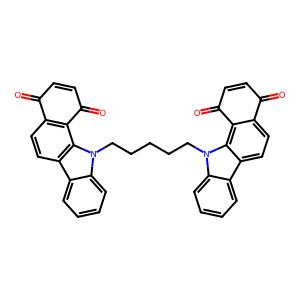
SMILES: O=C1C=CC(=O)c2c1ccc1c3ccccc3n(CCCCCn3c4ccccc4c4ccc5c(c43)C(=O)C=CC5=O)c21
Inhibits HIV replication: No